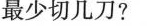
最少切几刀?